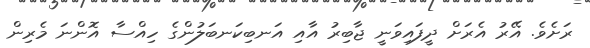
ރަށެވެ. އޭރު އެރަށް ދީފައިވަނީ ޖާބިރު އާއި އަނބިކަނބަލުންގެ ހިއްސާ އޮންނަ މެރިން